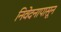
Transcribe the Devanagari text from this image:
निवेदनापासून